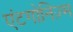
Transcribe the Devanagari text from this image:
एंटगोनिज़्म